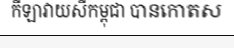
កីឡាវាយសីកម្ពុជា បានកោតស